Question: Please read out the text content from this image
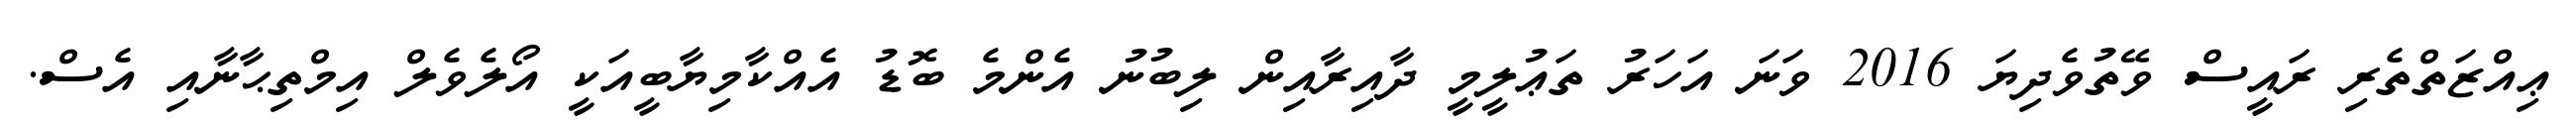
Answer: ޢިއްޒަތްތެރި ރައީސް ވޭތުވެދިޔަ 2016 ވަނަ އަހަރު ތަޢުލީމީ ދާއިރާއިން ލިބުނު އެންމެ ބޮޑު އެއްކާމިޔާބީއަކީ އޯލެވެލް އިމްތިޙާނާއި އެސް.